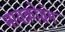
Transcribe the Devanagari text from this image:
मायक्रोग्रॅम